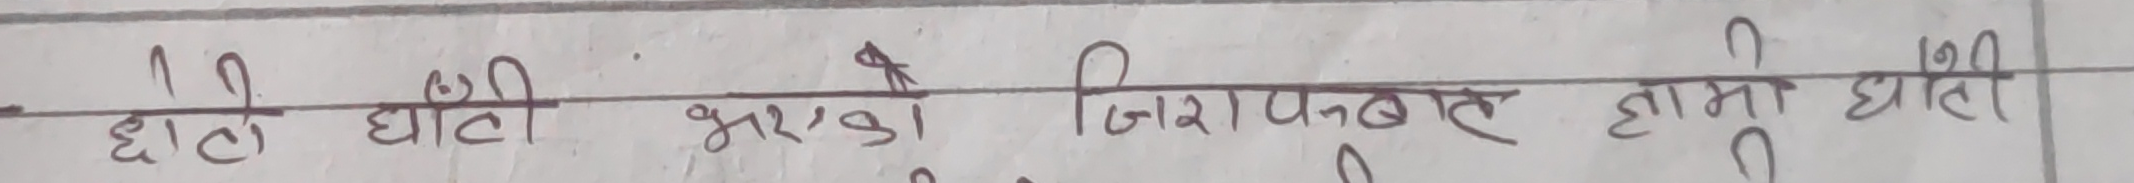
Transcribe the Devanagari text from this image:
घंटी भएको जिराफमाथि घंटी